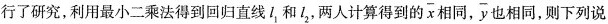
行了研究，利用最小二乘法得到回归直线l_{1}和l_{2}，两人计算得到的 \overline{x} 相同， \overline{y} 也相同，则下列说